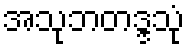
အသုဘတဒ္ဒသုံ